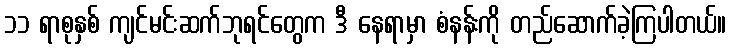
၁၁ ရာစုနှစ် ကျင်မင်းဆက်ဘုရင်တွေက ဒီ နေရာမှာ စံနန်းကို တည်ဆောက်ခဲ့ကြပါတယ်။